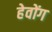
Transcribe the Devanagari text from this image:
हेवोंग